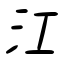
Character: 江